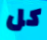
كل